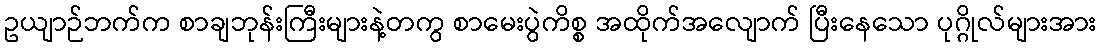
ဥယျာဉ်ဘက်က စာချဘုန်းကြီးများနဲ့တကွ စာမေးပွဲကိစ္စ အထိုက်အလျောက် ပြီးနေသော ပုဂ္ဂိုလ်များအား